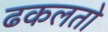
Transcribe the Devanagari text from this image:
ढकलतो